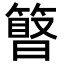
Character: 𥲹